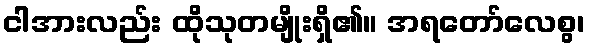
ငါအားလည်း ထိုသုတမျိုးရှိ၏။ အရတော်လေစွ၊